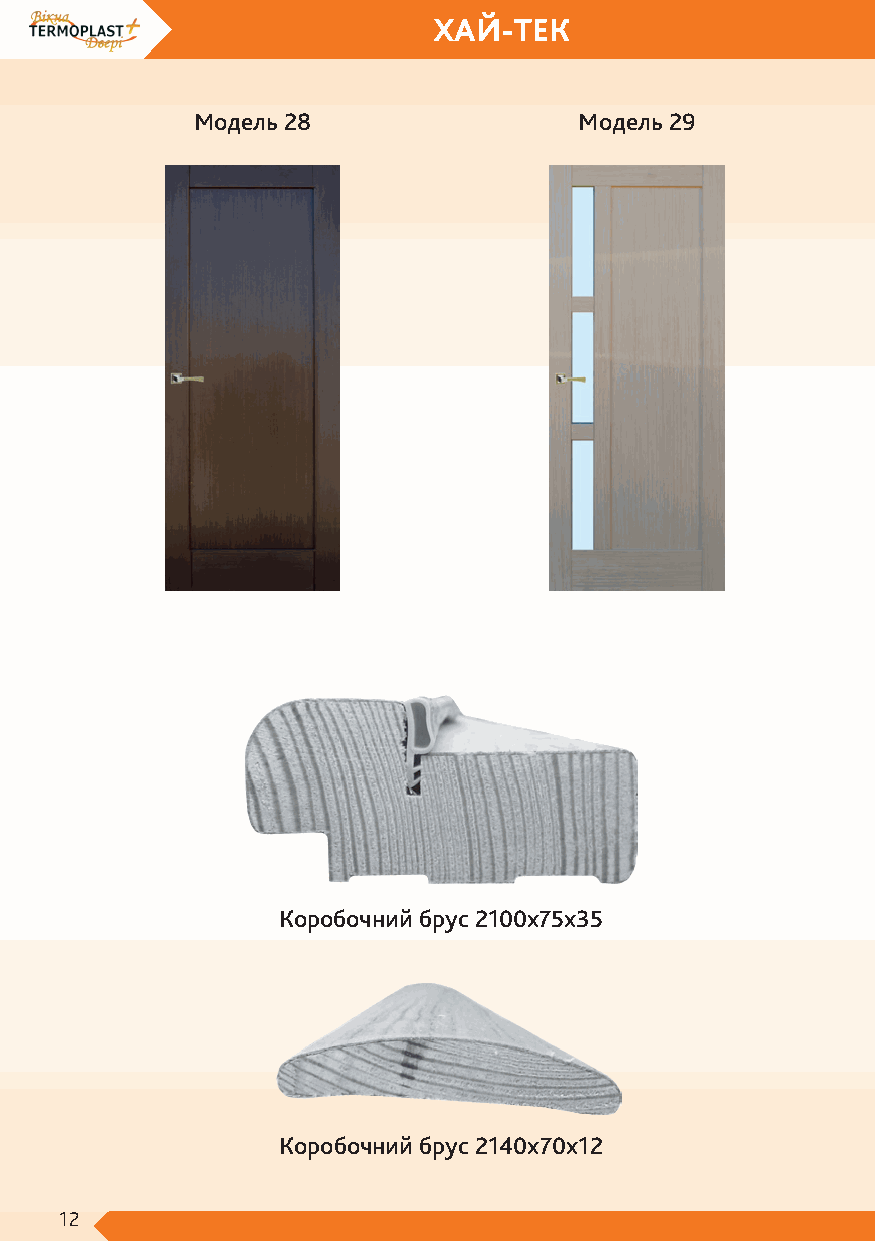
ХАЙ-ТЕК
 Модель 28                Модель 29
 Коробочний брус 2100х75х35
 Коробочний брус 2140х70х12
 12